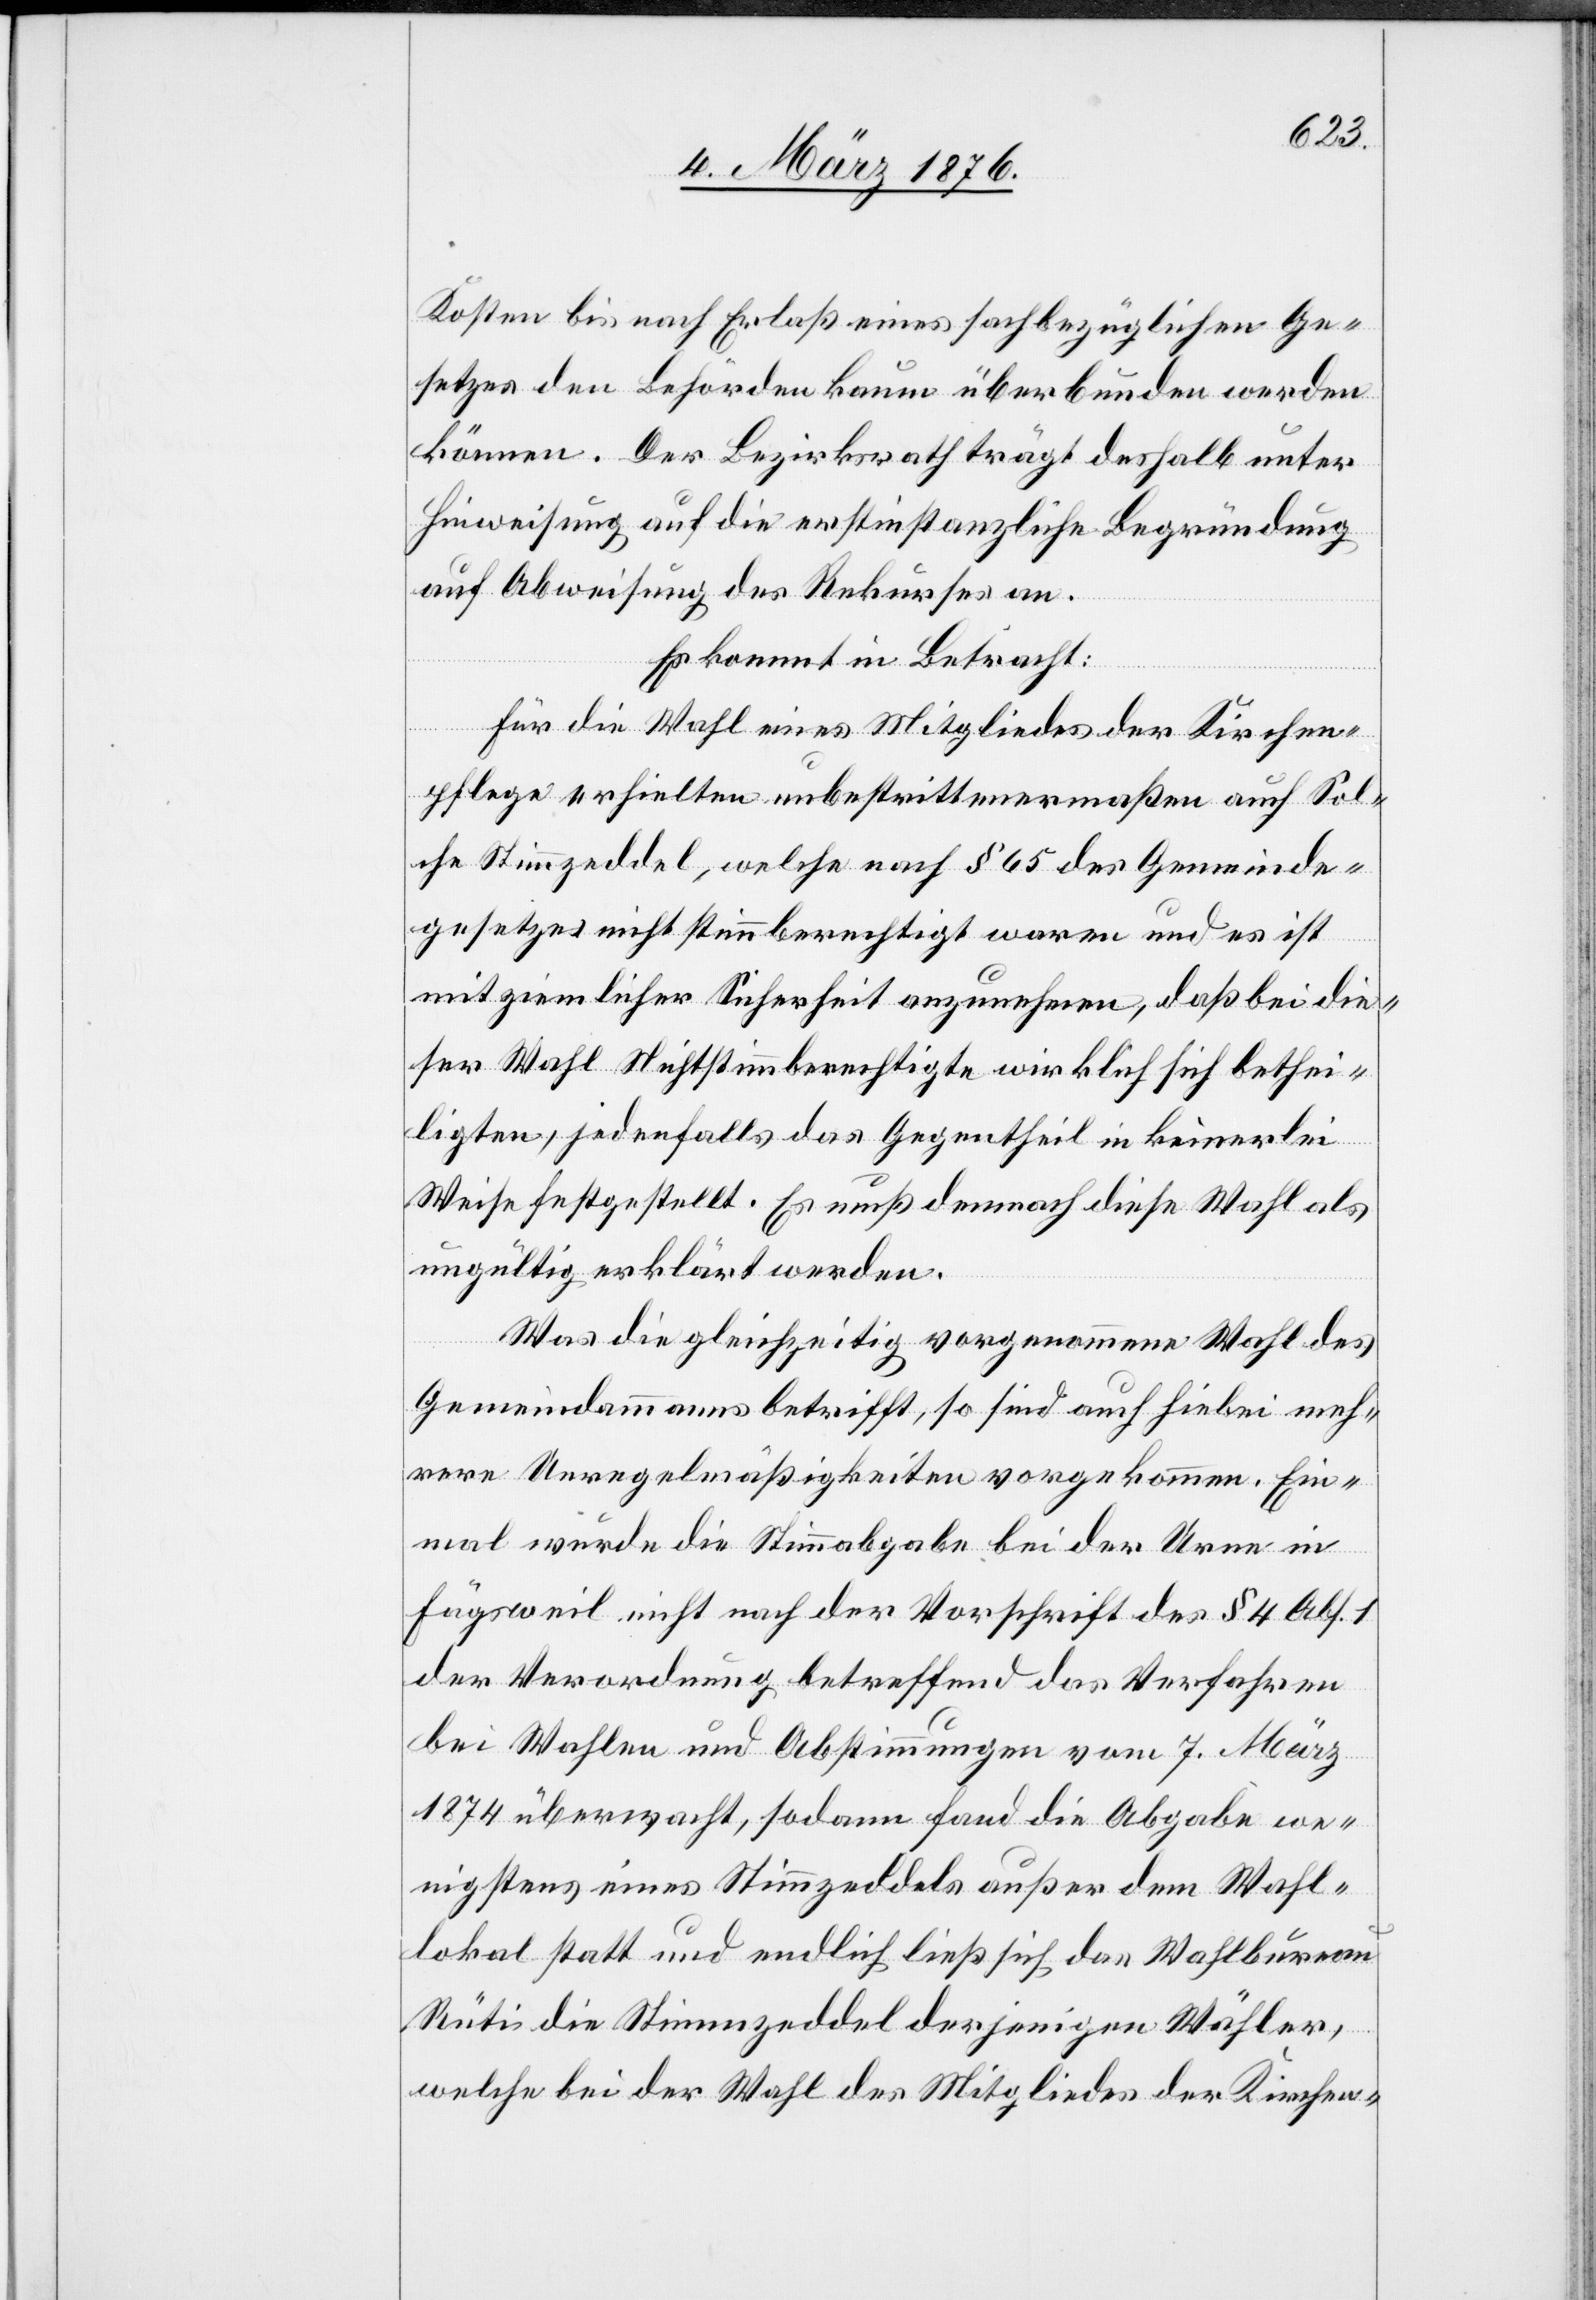
Kosten bis nach Erlaß eines sachbezüglichen Ge¬
setzes den Behörden kaum überbunden werden
können. Der Bezirksrath trägt deshalb unter
Hinweisung auf die erstinstanzliche Begründung
auf Abweisung des Rekurses an.
Es kommt in Betracht:
Für die Wahl eines Mitgliedes der Kirch¬
pflege erhielten unbestrittenermaßen auch Sol¬
che Stimmzeddel, welche nach § 65 des Gemeinde¬
gesetzes nicht stimmberechtigt waren und es ist
mit ziemlicher Sicherheit anzunehmen, daß bei die¬
ser Wahl Nichtstimmberechtigte wirklich sich bethei¬
ligten, jedenfalls das Gegentheil in keinerlei
Weise festgestellt. Es muß demnach diese Wahl als
ungültig erklärt werden.
Was die gleichzeitig vorgenommene Wahl des
Gemeindammanns betrifft, so sind auch hiebei meh¬
rere Unregelmäßigkeiten vorgekommen. Ein¬
mal wurde die Stimmabgabe bei der Urne in
Fägsweil nicht nach der Vorschrift des § 4 Abs. 1
der Verordnung betreffend das Verfahren
bei Wahlen und Abstimmungen vom 7. März
1874 überwacht, sodann fand die Abgabe we¬
nigstens eines Stimmzeddels außer dem Wahl¬
lokal statt und endlich ließ sich das Wahlbureau
Rüti die Stimmzeddel derjenigen Wähler,
welche bei der Wahl des Mitgliedes der Kirchen-